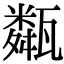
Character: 甐